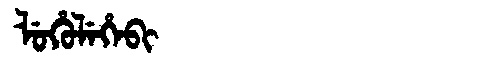
Manchu: ᠯᡠᡥᡠᠯᡝᡥᡝᠪᡳ
Romanization: LUHULEHEBI